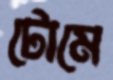
টোমে